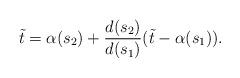
LaTeX: \begin{align*} \tilde t = \alpha(s_2)+\frac{d(s_2)}{d(s_1)}(\tilde t-\alpha(s_1)). \end{align*}